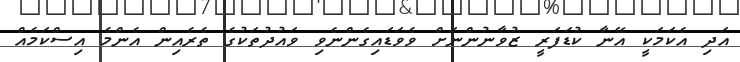
އަދި އެކަމަކީ އޭނާ ކުޑަފަރީ ޒުވާނުންނަށް ވެވަޑައިގެންނެވި ވައުދުތަކުގެ ތެރެއިން އެންމެ އިސްކަމެއް